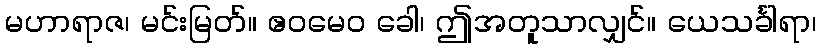
မဟာရာဇ၊ မင်းမြတ်။ ဧဝမေဝ ခေါ၊ ဤအတူသာလျှင်။ ယေသင်္ခါရာ၊